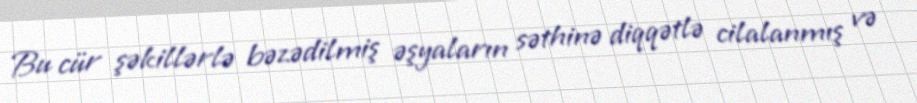
Bu cür şəkillərlə bəzədilmiş əşyaların səthinə diqqətlə cilalanmış və